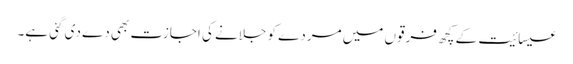
عیسائیت کے کچھ فرقوں میں مردے کو جلانے کی اجازت بھی دے دی گئی ہے۔